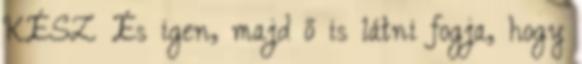
KÉSZ És igen, majd ő is látni fogja, hogy